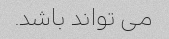
می تواند باشد.